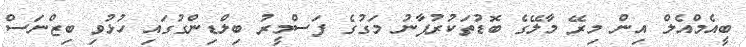
ބީއެމްއެލް އިން މިރޭ މާލޭގެ ބޮޑުތަކުރުފާނު މަގުގެ ފަސްމީރު ބިލްޑިންގުގައި ހުޅުވި ބިޒްނަސް